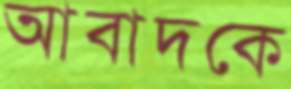
আবাদকে